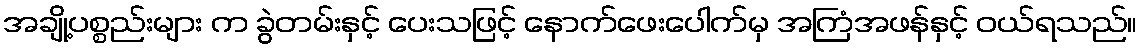
အချို့ပစ္စည်းများ က ခွဲတမ်းနှင့် ပေးသဖြင့် နောက်ဖေးပေါက်မှ အကြံအဖန်နှင့် ဝယ်ရသည်။